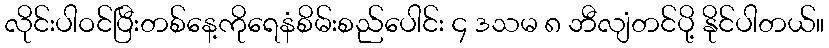
လိုင်းပါဝင်ပြီးတစ်နေ့ကိုရေနံစိမ်းစည်ပေါင်း ၄ ဒသမ ၈ ဘီလျံတင်ပို့ နိုင်ပါတယ်။